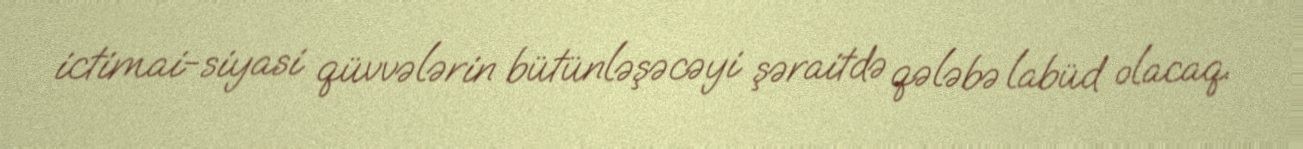
ictimai-siyasi qüvvələrin bütünləşəcəyi şəraitdə qələbə labüd olacaq.